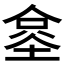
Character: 𰂧